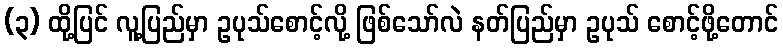
(၃) ထို့ပြင် လူ့ပြည်မှာ ဥပုသ်စောင့်လို့ ဖြစ်သော်လဲ နတ်ပြည်မှာ ဥပုသ် စောင့်ဖို့တောင်